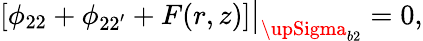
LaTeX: \left[\phi_{22}+\phi_{22^{\prime}}+F(r,z)\right]\big|_{{\upSigma}_{b2}}=0,